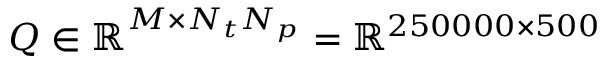
Q \in \mathbb { R } ^ { M \times N _ { t } N _ { p } } = \mathbb { R } ^ { 2 5 0 0 0 0 \times 5 0 0 }